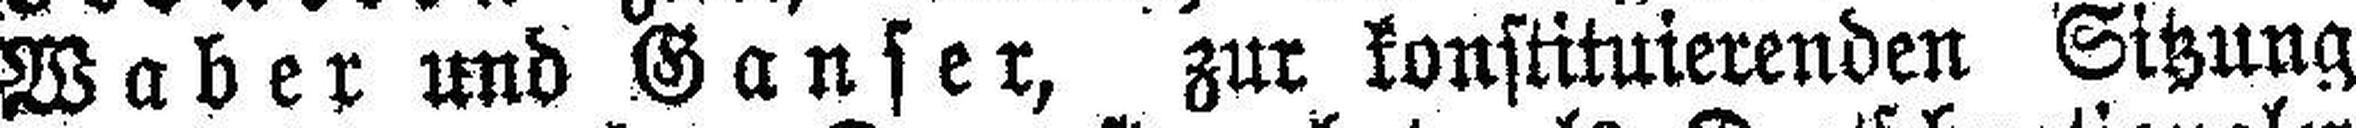
Waber und Ganser, zur konstituierenden Sitzung